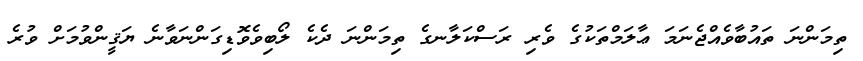
ތިމަންނަ ތައުބާވެއްޖެނަމަ ޢާލަމްތަކުގެ ވެރި ރަސްކަލާނގެ ތިމަންނަ ދެކެ ލޯބިވެވޮޑިގަންނަވާނެ ޔަޤީންވުމަށް ވުރެ